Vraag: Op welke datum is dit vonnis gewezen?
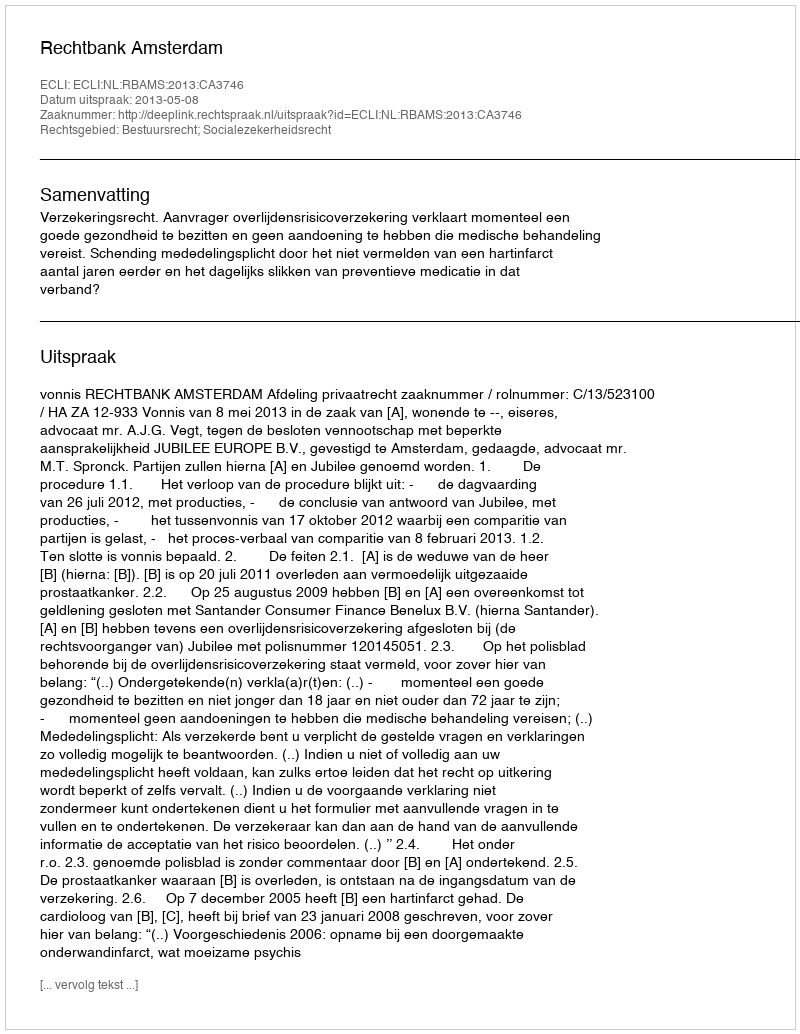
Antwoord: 2013-05-08